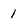
Character: 1